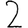
Digit: 2